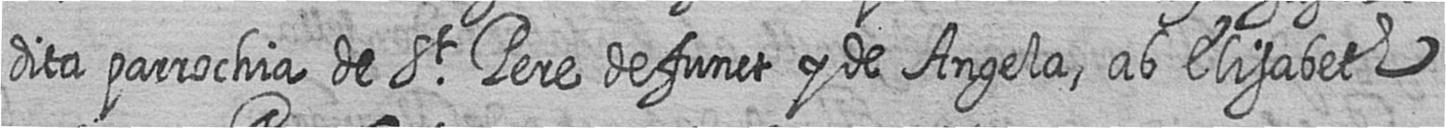
dita parrochia de St Pere defunct y de Angela ab Elisabeth